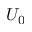
U _ { 0 }